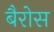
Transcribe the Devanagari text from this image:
बैरोस